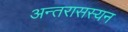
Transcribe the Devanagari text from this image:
अन्तरासस्यन